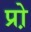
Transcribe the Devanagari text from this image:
प्रो़